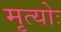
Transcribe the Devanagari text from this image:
मृत्योः